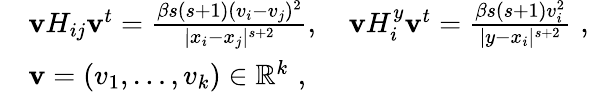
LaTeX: \begin{array}{rl}&{\mathbf vH_{ij}\mathbf v^{t}=\frac{\beta s(s+1)(v_{i}-v_{j})^{2}}{|x_{i}-x_{j}|^{s+2}},\quad\mathbf vH_{i}^{y}\mathbf v^{t}=\frac{\beta s(s+1)v_{i}^{2}}{|y-x_{i}|^{s+2}}\, \, \mathrm{,}\; \, }\\ &{\mathbf v=(v_{1},\ldots,v_{k})\in{\mathbb R}^{k}\, \, \mathrm{,}\; \, }\end{array}